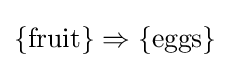
\{\mathrm {fruit} \}\Rightarrow \{\mathrm {eggs} \}